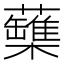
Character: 𧄡